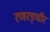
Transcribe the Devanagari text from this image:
रणरङ्धीरं